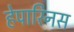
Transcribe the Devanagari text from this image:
हेपारिनस